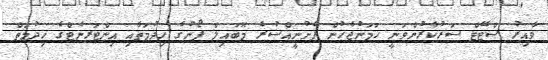
ވާއިރު ސްޓޭޓް ސަރުކާރުންވަނީ ހަމަނުޖެހުން ފެށުނީއްސުރެ މޮބައިލް ފޯނުގެ ޚިދުމަތާއި އިންޓަރނެޓްގެ ޚިދުމަތް